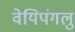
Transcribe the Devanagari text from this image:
वेयिपंगलु